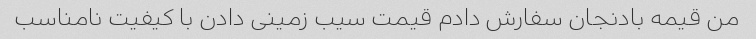
من قیمه بادنجان سفارش دادم قیمت سیب زمینی دادن با کیفیت نامناسب